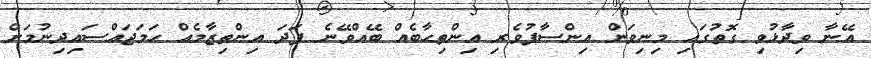
އޭނާ ވިދާޅުވި ގޮތުގައި މިނިވަން އިންސާފުވެރި އިންތިހާބެއް ބޭއްވޭނެ ފަދަ އިންތިޒާމެއް ހަމަޖައްސައިދިނުމަށް